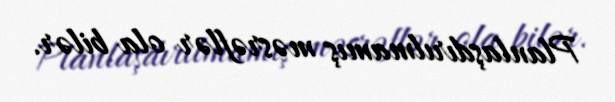
Planlaşdırılmamış məsrəflər ola bilər.